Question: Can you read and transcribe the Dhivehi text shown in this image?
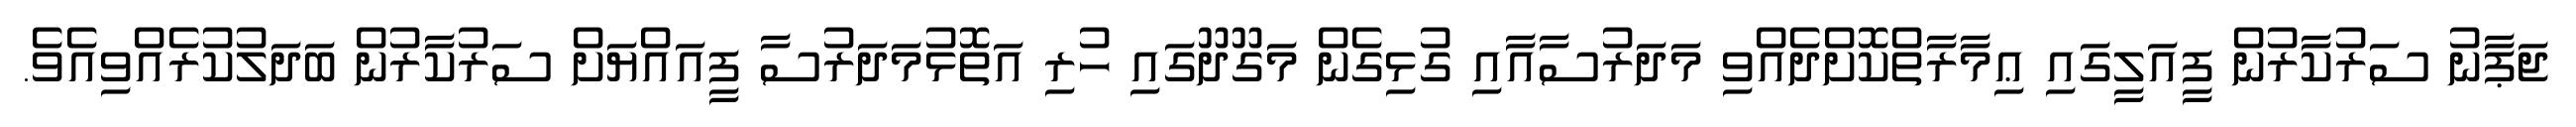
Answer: ޖަޕާނު ސަރުކާރުން ފީއަލީގައި ޢިމާރާތްކޮށްދެއްވި މަދަރުސާއާއި ގުޅިގެން މަގޫދޫގައި ހުރި އަތޮޅުމަދަރުސާ ފީއައްޔަށް ސަރުކާރުން ބަދަލުކުރެއްވިއެވެ.